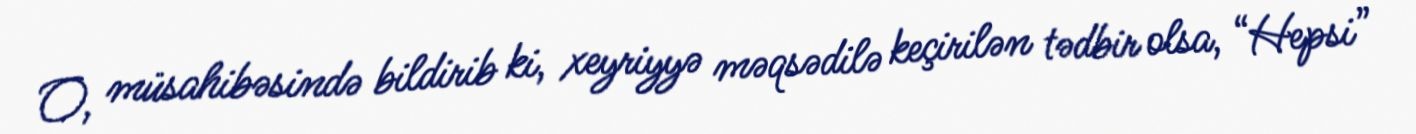
O, müsahibəsində bildirib ki, xeyriyyə məqsədilə keçirilən tədbir olsa, “Hepsi”